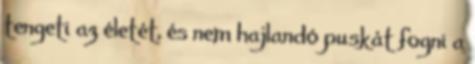
tengeti az életét, és nem hajlandó puskát fogni a